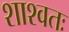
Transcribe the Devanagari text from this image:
शाश्वतः